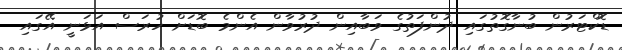
ޑޮކްޓަރުން ބުނާގޮތުގައި ދުންފަތުގެ ވަބާއިން ދުރުވާން އެންމެ ބޮޑަށް ހުރަސް އަޅަނީ އޭގައި